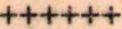
++++++